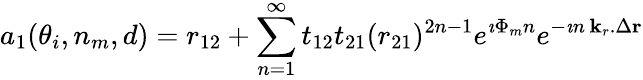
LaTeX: a_{1}(\theta_{i},n_{m},d)=r_{12}+\sum_{n=1}^{\infty}t_{12}t_{21}(r_{21})^{2n-1}e^{\imath\Phi_{m}n}e^{-\imath n\, {\mathbf k_{r}}.\Delta{\mathbf r}}